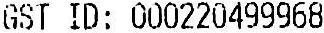
GST ID: 000220499968